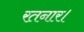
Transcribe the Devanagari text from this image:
रतनार।